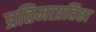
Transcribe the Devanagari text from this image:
प्रतिमाप्रतिष्ठा